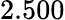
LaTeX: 2.500